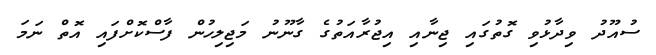
ސުއޫދު ވިދާޅުވި ގޮތުގައި ޖިނާއި އިޖުރާއަތުގެ ގާނޫނު މަޖިލިހުން ފާސްކޮށްފައި އޮތް ނަމަ